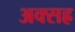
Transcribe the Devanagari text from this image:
अक्सह्र